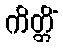
ကိတ္တိံ